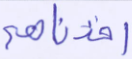
أخذناهم